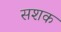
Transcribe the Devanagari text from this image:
सशक